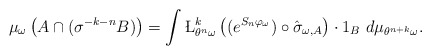
\begin{align*}\mu_\omega\left(A \cap(\sigma^{-k-n}B)\right) =\int\L_{\theta^n\omega}^k\left((e^{S_n\varphi_\omega})\circ\hat\sigma_{\omega, A}\right)\cdot 1_B~d\mu_{\theta^{n+k}\omega}.\end{align*}